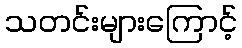
သတင်းများကြောင့်